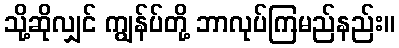
သို့ဆိုလျှင် ကျွန်ပ်တို့ ဘာလုပ်ကြမည်နည်း။